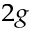
_ { 2 g }